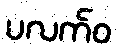
ပလက်ဝ